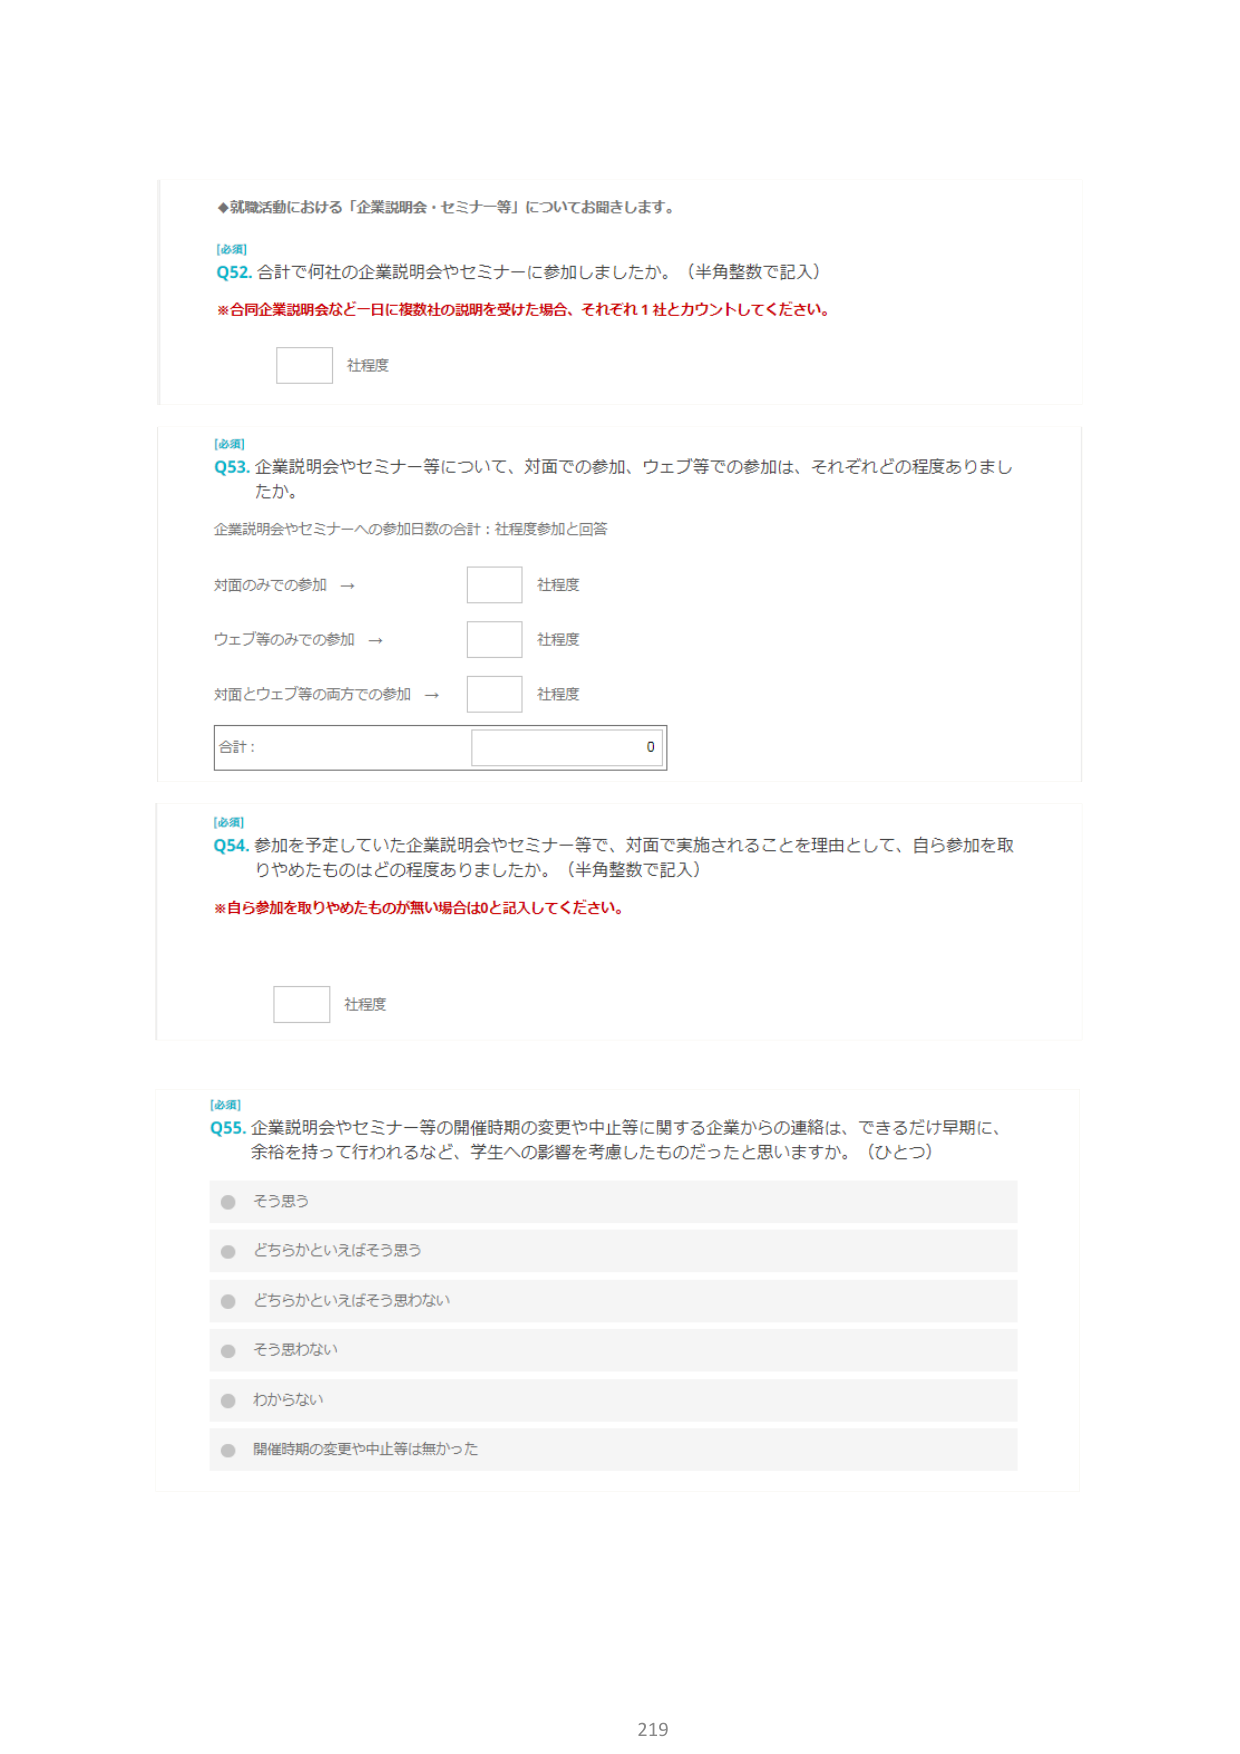
◆就職活動における「企業説明会・セミナー等」についてお聞きします。

[必須]
Q52. 合計で何社の企業説明会やセミナーに参加しましたか。（半角整数で記入）
※合同企業説明会など一日に複数社の説明を受けた場合、それぞれ1社とカウントしてください。
社程度

[必須]
Q53. 企業説明会やセミナー等について、対面での参加、ウェブ等での参加は、それぞれどの程度ありましたか。
企業説明会やセミナーへの参加日数の合計：社程度参加と回答
対面のみでの参加 → 社程度
ウェブ等のみでの参加 → 社程度
対面とウェブ等の両方での参加 → 社程度
合計： 0

[必須]
Q54. 参加を予定していた企業説明会やセミナー等で、対面で実施されることを理由として、自ら参加を取りやめたものはどの程度ありましたか。（半角整数で記入）
※自ら参加を取りやめたものが無い場合は0と記入してください。
社程度

[必須]
Q55. 企業説明会やセミナー等の開催時期の変更や中止等に関する企業からの連絡は、できるだけ早期に、余裕を持って行われるなど、学生への影響を考慮したものだったと思いますか。（ひとつ）
● そう思う
● どちらかといえばそう思う
● どちらかといえばそう思わない
● そう思わない
● わからない
● 開催時期の変更や中止等は無かった

219